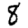
Digit: 8